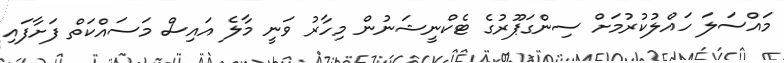
މައްސަލަ ހައްލުކުރުމަށް ސިންގަޕޫރުގެ ޓެކްނީޝަނުން މިހާރު ވަނީ މާލެ އައިސް މަސައްކަތް ފަށާފައި